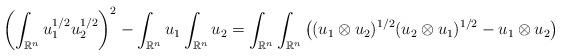
LaTeX: \begin{align*}\left(\int_{\mathbb{R}^n} u_1^{1/2}u_2^{1/2}\right)^2-\int_{\mathbb{R}^n} u_1\int_{\mathbb{R}^n} u_2&=\int_{\mathbb{R}^n}\int_{\mathbb{R}^n} \big((u_1\otimes u_2)^{1/2}(u_2\otimes u_1)^{1/2}- u_1\otimes u_2\big) \\\end{align*}